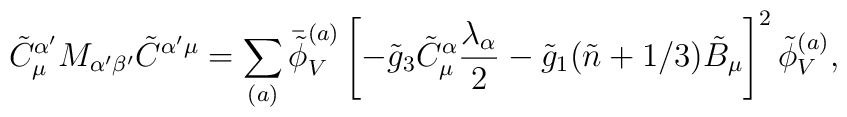
\tilde{C}^{\alpha'}_\mu M_{\alpha' \beta'} \tilde{C}^{\alpha' \mu}   = \sum_{(a)} \bar{\tilde{\phi}}^{(a)}_V \left[ -\tilde{g}_3   \tilde{C}^\alpha_\mu \frac{\lambda_\alpha}{2} - \tilde{g}_1   (\tilde{n}+1/3) \tilde{B}_\mu \right]^2 \tilde{\phi}^{(a)}_V,